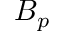
B _ { p }